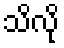
သိလို